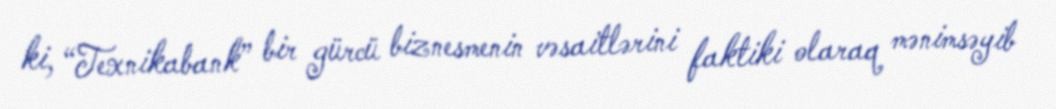
ki, “Texnikabank” bir gürcü biznesmenin vəsaitlərini faktiki olaraq mənimsəyib